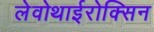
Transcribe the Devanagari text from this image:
लेवोथाईरोक्सिन